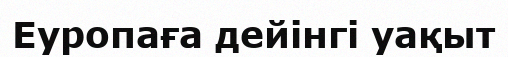
Еуропаға дейінгі уақыт